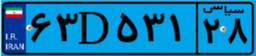
۸۴D۸۹۰۱۵